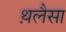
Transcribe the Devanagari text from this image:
थ़लैसा